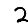
Digit: 2